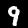
Digit: 9